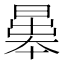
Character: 𣉱